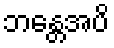
ဘန္တေအပိ